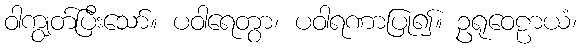
ဝါကျွတ်ပြီးသော်။ ပဝါရေတွာ၊ ပဝါရဏာပြု၍။ ဥရုဝေဠာယံ၊